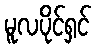
မူလပိုင်ရှင်